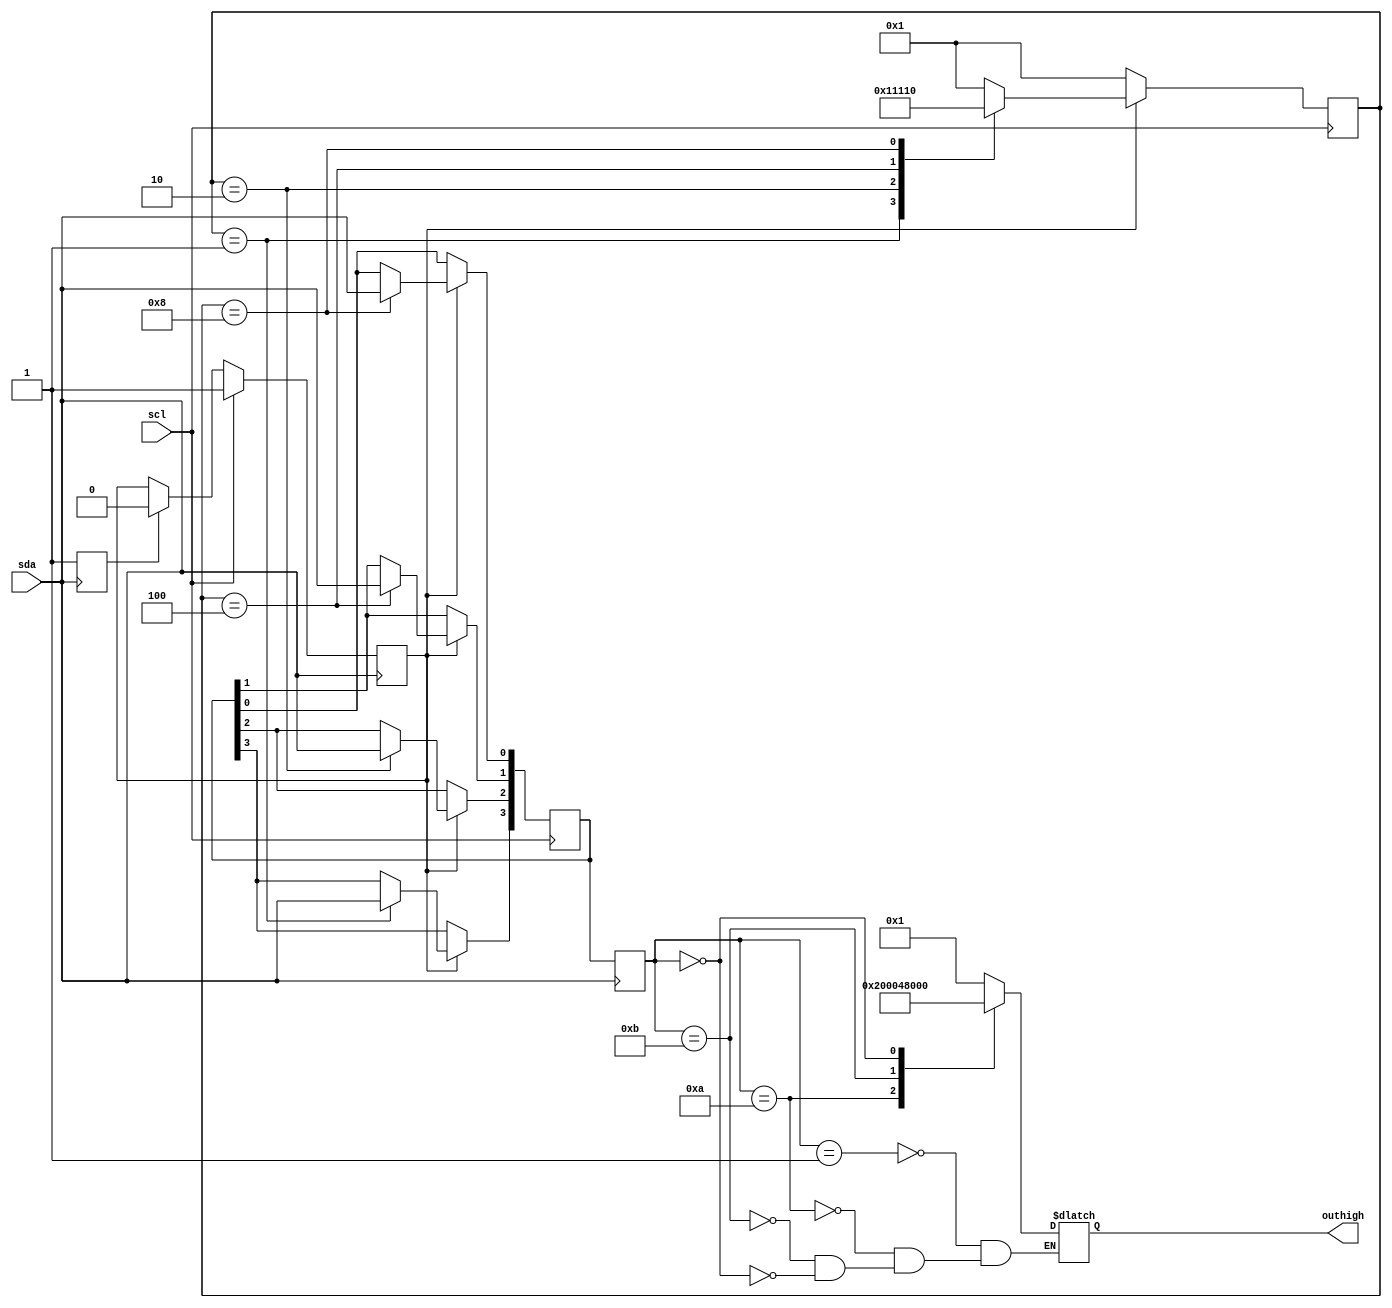
`timescale 1ns / 1ps
//////////////////////////////////////////////////////////////////////////////////
// Company: 
// Engineer: 
// 
// Design Name: 
// Module Name:    m2 
// Project Name: 
// Target Devices: 
// Tool versions: 
// Description: 
//
// Dependencies: 
//
// Revision: 
// Revision 0.01 - File Created
// Additional Comments: 
//
//////////////////////////////////////////////////////////////////////////////////
module m2(scl,sda,outhigh);
	input scl,sda;
	output [15:0] outhigh;
	reg [4:0] mstate;
	reg [3:0] pdate,pdatebuf;
	reg [15:0] outhigh;
	reg startflag,endflag;
	
	always @ (negedge sda)
		begin
			if(scl)
				startflag <= 1;
			else if(endflag)
					startflag <= 0;
		end
		
	always @ (posedge sda)
		begin
			if(sda)
				begin
					endflag <= 1;
					pdatebuf <= pdate;
				end
			else
				endflag <= 0;
		end
		
	parameter
		sbit1 = 5'b00001,
		sbit2 = 5'b00010,
		sbit3 = 5'b00100,
		sbit4 = 5'b01000,
		sbit5 = 5'b10000;
		
	always @ (pdatebuf)
		begin
			case (pdatebuf)
				0001: outhigh <= 16'b0000_0000_0000_0001;		//
				0010: outhigh <= 16'b0000_0000_0000_0010;		//initial 
				0011: outhigh <= 16'b0000_0000_0000_0100;		//	outhigh <= 16'b0000_0000_0000_0000;
				0100: outhigh <= 16'b0000_0000_0000_1000;		//	always @ (padebuf)
				0101: outhigh <= 16'b0000_0000_0001_0000;		//		outhigh[padebuf] <= 1;
				0110: outhigh <= 16'b0000_0000_0010_0000;
				0111: outhigh <= 16'b0000_0000_0100_0000;
				1000: outhigh <= 16'b0000_0000_1000_0000;
				1001: outhigh <= 16'b0000_0001_0000_0000;
				1010: outhigh <= 16'b0000_0010_0000_0000;
				1011: outhigh <= 16'b0000_0100_0000_0000;
				1100: outhigh <= 16'b0000_1000_0000_0000;
				1101: outhigh <= 16'b0001_0000_0000_0000;
				1110: outhigh <= 16'b0010_0000_0000_0000;
				1111: outhigh <= 16'b0100_0000_0000_0000;
				0000: outhigh <= 16'b1000_0000_0000_0000;
			endcase
		end
		
	always @ (posedge scl)
		if(startflag)
			case (mstate)
				sbit1:
					begin
						pdate[3] <= sda;
						mstate <= sbit2;
						$display ("I am in sdabit1");
					end
				sbit2:
					begin
						pdate[2] <= sda;
						mstate <= sbit3;
						$display ("I am in sdabit2");
					end
				sbit3:
					begin
						pdate[1] <= sda;
						mstate <= sbit4;
						$display ("I am in sdabit3");
					end
				sbit4:
					begin
						pdate[0] <= sda;
						mstate <= sbit5;
						$display ("I am in sdabit4");
					end
				sbit5:							//sbit5sbit4stib1pdate[3]
					begin						//endflagpdate
						mstate <= sbit1;		//pdatesbit1
					end
				default: mstate <= sbit1;
			endcase
		else
			mstate <= sbit1;

endmodule